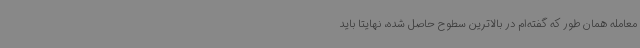
معامله همان طور که گفته‌ام در بالاترین سطوح حاصل شده، نهایتا باید